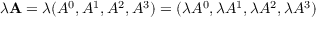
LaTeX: \lambda \mathbf { A } = \lambda ( A ^ { 0 } , A ^ { 1 } , A ^ { 2 } , A ^ { 3 } ) = ( \lambda A ^ { 0 } , \lambda A ^ { 1 } , \lambda A ^ { 2 } , \lambda A ^ { 3 } )